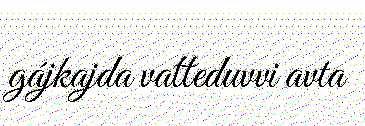
gájkajda vatteduvvi avta